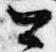
公